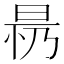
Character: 𱢀